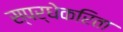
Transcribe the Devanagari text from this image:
स्पर्धेकरिता